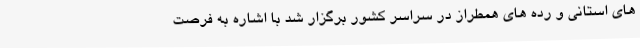
های استانی و رده های همطراز در سراسر کشور برگزار شد با اشاره به فرصت